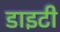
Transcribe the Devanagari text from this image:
डाइटी